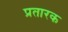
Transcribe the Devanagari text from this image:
प्रतारक